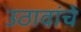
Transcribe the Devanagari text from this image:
उठावांचे